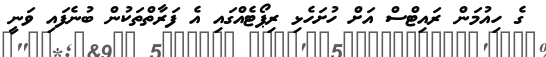
ގެ ހިއުމަން ރައިޓްސް އަށް ހުށަހެޅި ރިޕޯޓެއްގައި އެ ފަރާތްތަކުން ބުނެފައި ވަނީ